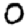
Digit: 0